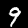
Digit: 9